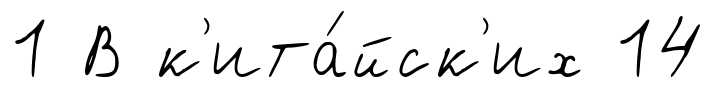
1 В к'ита́йск'их 14